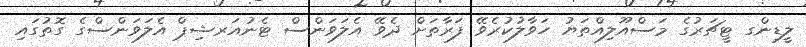
ލީޑިންގ ޓީޗަރުގެ މަސްއޫލިއްތަޔު ހަވާލުކުރެވޭ ފަރާތަށް ދެވޭ އެލަވަންސް ޓެނުއަރޝިޕް އެލަވަންސްގެ ގޮތުގައި